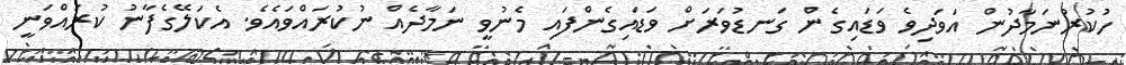
ހުކުރުނަމާދުން އަވަދިވެ ވަޑައިގެން ގަނޑުވަރަށް ވަޑައިގެންފައި މެނުވީ ނަމާދެއް ނުކުރައްވައެވެ. އެކަލޭގެފާނު ކުރައްވަނީ